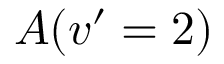
A ( v ^ { \prime } = 2 )